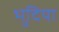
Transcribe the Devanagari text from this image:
भुदिया